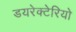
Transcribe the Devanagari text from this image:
डयरेक्टेरियो